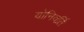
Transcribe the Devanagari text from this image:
योनिवर्ति